Peeter_Aleksander_Speek, lk 17
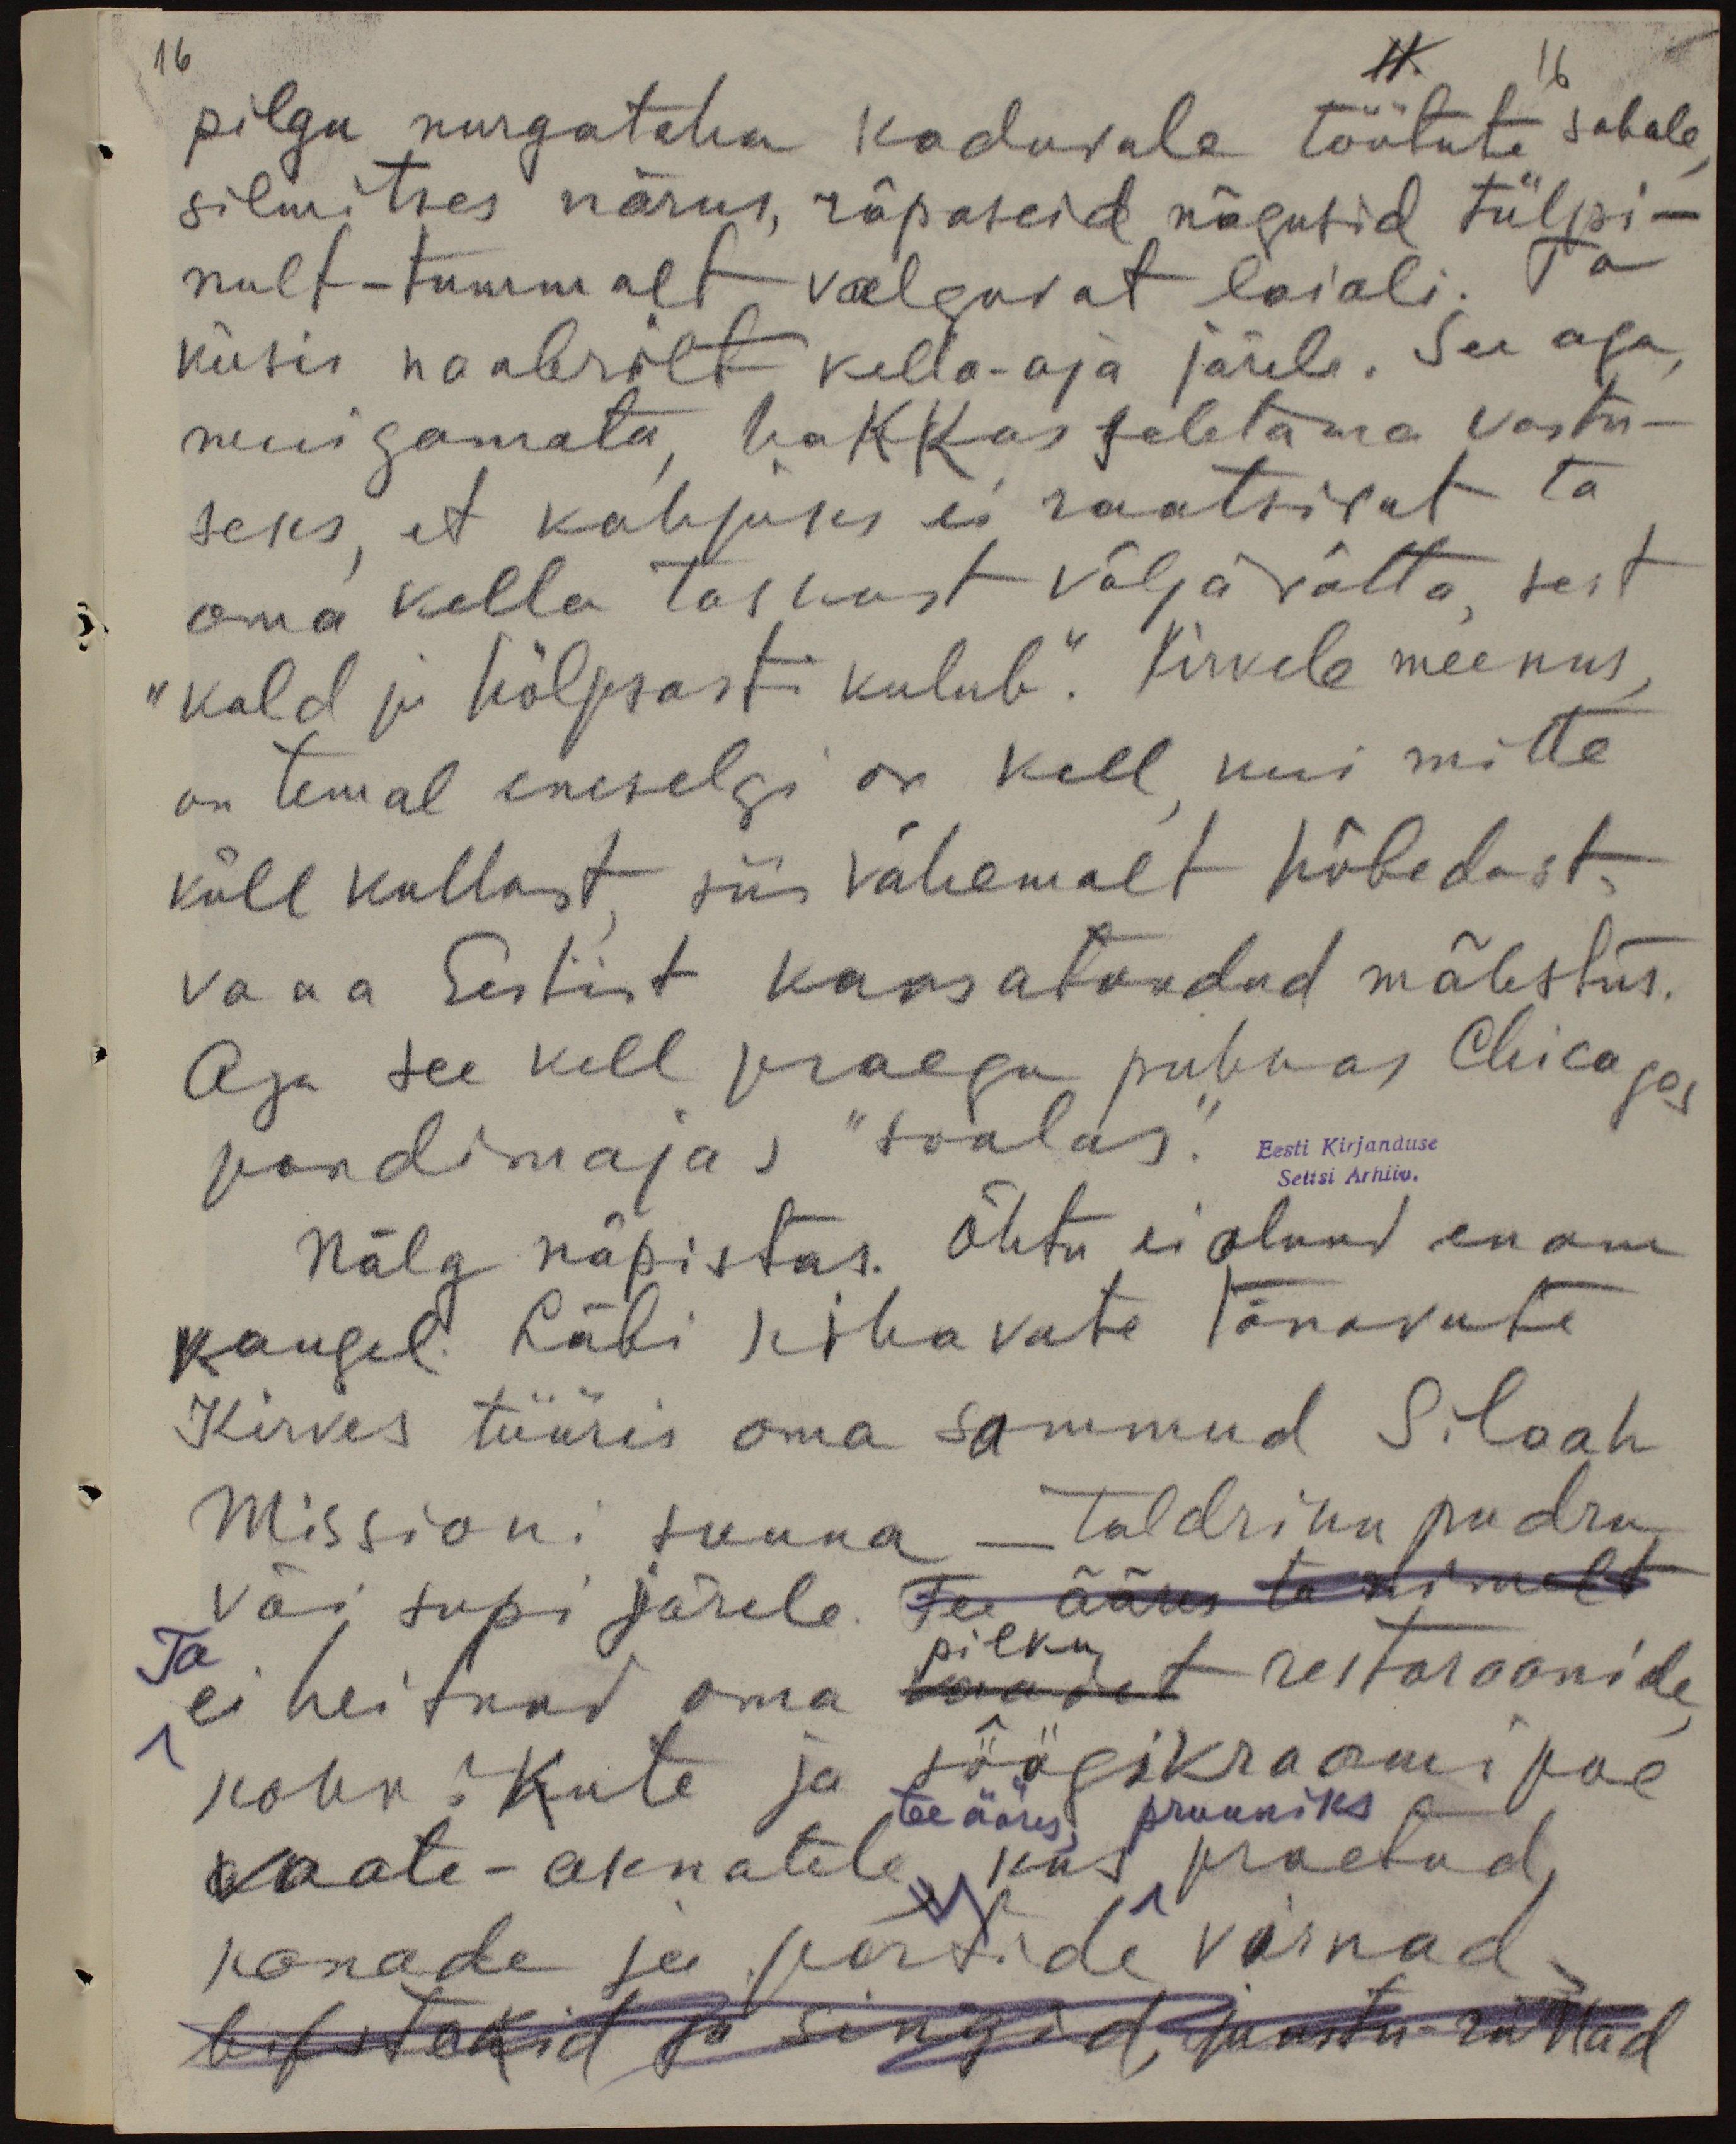
16

11
16
pilgu nurgataha kaduvale töötute sabale,
silmitses närus, räpaseid nägusid tülpi-
nult-tummalt, valguvat laiali. Ta
küsis naabrilt kella-aja järele. See aga
muigamata, hakkas seletama vastu-
seks, et kahjuks ei raatsivat ta
oma kella taskust välja võtta, sest
"kuld ja hõlpsasti kulub." Kirvele meenus,
on temal eneselgi on kell, kui mitte
küll kullast siis vähemalt hõbedast.
Vana Eestist kaasatoodud mälestus.
Aga see kell praegu puhkas Chikagos
pandimajas "soolas."
Eesti Kirjanduse
Seltsi Arhiiv.
Nälg näpistas. Õhtu ei olnud enam
kaugel. Läbi kihavate tänavate
Kirves tüüris oma sammud Silvah
Missioni suuna - taldriku pudru
Või supi järele. Tee ääresta nimelt
Ta
pilku
ei heitnud oma saadat restoraanide,
kohvikute ja söögikraami poe
teeääres pruuniks
vaate-aknatele, kus praetud,
kanade ja partide virnad
tustatud ja singid, paastu rättad